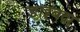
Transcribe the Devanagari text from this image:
ङाइबदा